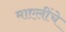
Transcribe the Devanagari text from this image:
माएलींचे